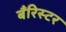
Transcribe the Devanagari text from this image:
बँरिस्टर